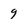
Character: 9